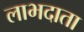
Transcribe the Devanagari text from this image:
लाभदाता